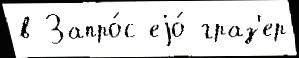
в Запро́с еjо́ граз'ер